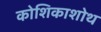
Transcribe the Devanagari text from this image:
कोशिकाशोथ